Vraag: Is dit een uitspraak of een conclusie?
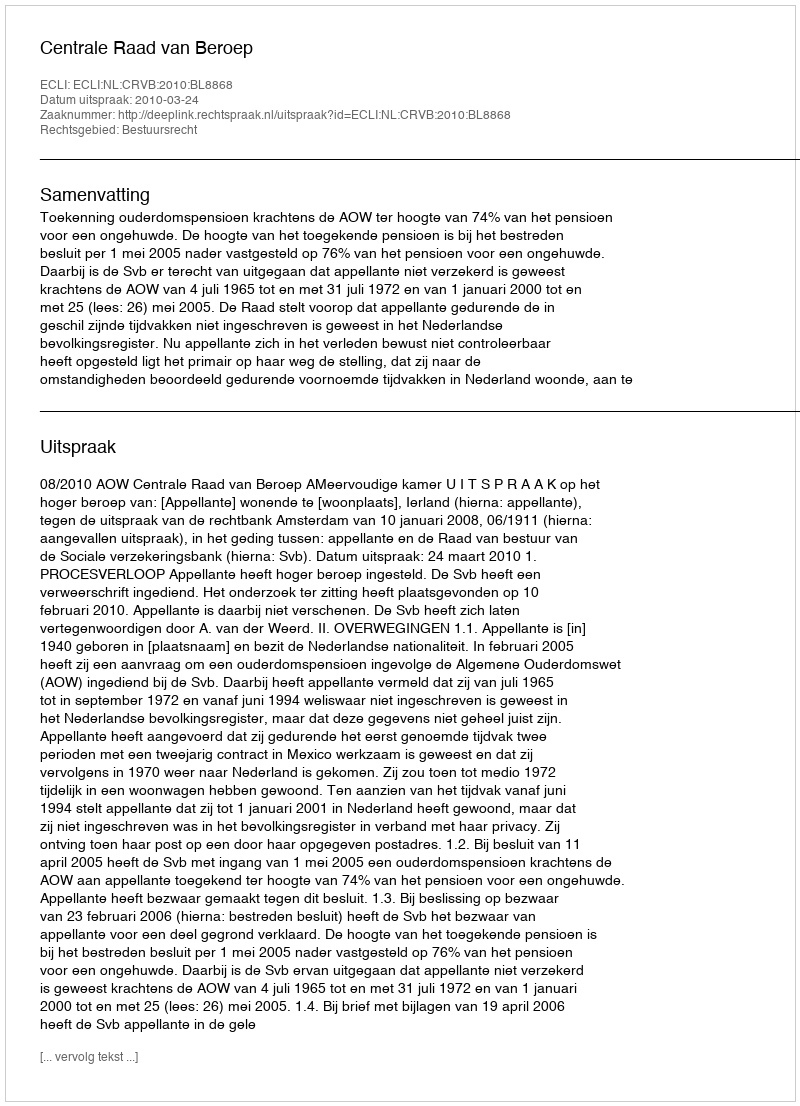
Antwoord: Uitspraak